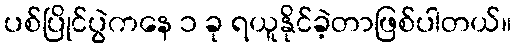
ပစ်ပြိုင်ပွဲကနေ ၁ ခု ရယူနိုင်ခဲ့တာဖြစ်ပါတယ်။